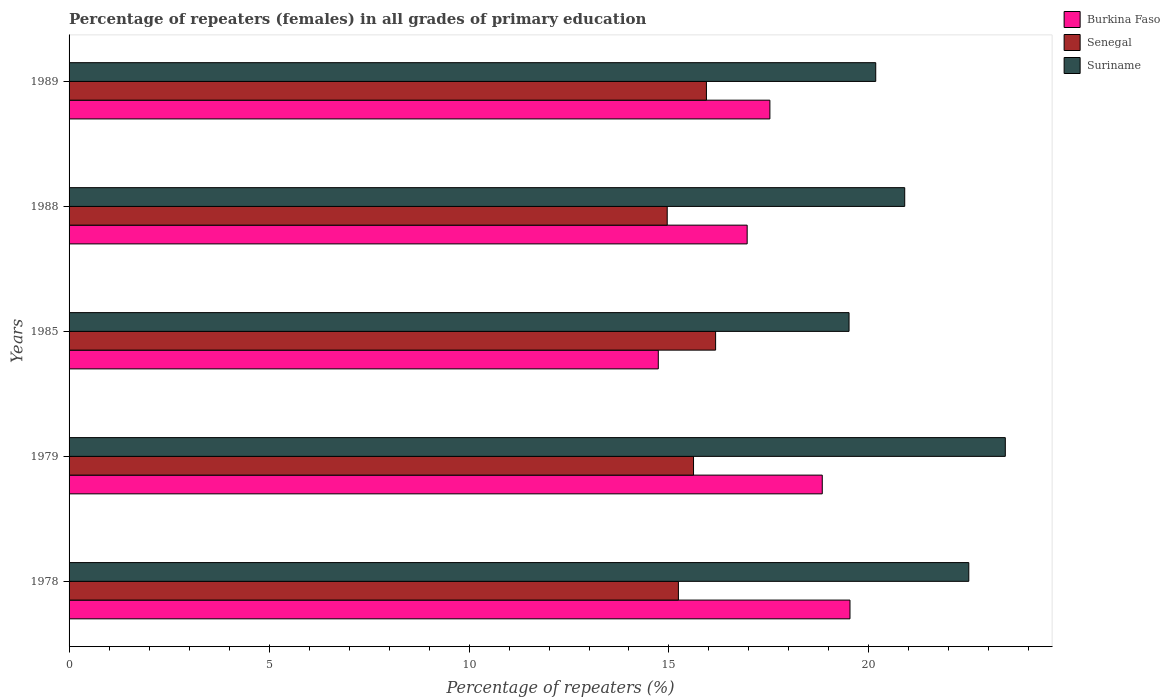
| Years | Burkina Faso | Senegal | Suriname |
 | --- | --- | --- | --- |
 | 1978 | 19.5 | 15.2 | 22.5 |
 | 1979 | 18.8 | 15.6 | 23.4 |
 | 1985 | 14.7 | 16.2 | 19.5 |
 | 1988 | 17 | 15 | 20.9 |
 | 1989 | 17.5 | 15.9 | 20.2 |